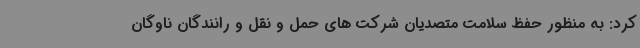
کرد: به منظور حفظ سلامت متصدیان شرکت های حمل و نقل و رانندگان ناوگان